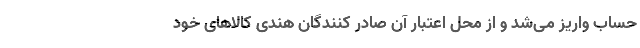
حساب واریز می‌شد و از محل اعتبار آن صادر کنندگان هندی کالاهای خود